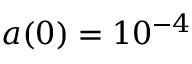
a ( 0 ) = 1 0 ^ { - 4 }